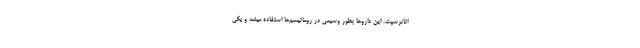
اتانرسپت. این دارو‌ها بطور وسیعی در روماتیسم‌ها استفاده میشه و یکی